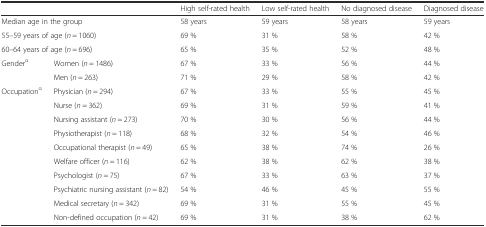
<table><thead><tr><td colspan="2"></td><td><b>High self-rated health</b></td><td><b>Low self-rated health</b></td><td><b>No diagnosed disease</b></td><td><b>Diagnosed disease</b></td></tr></thead><tbody><tr><td colspan="2">Median age in the group</td><td>58 years</td><td>59 years</td><td>58 years</td><td>59 years</td></tr><tr><td colspan="2">55–59 years of age (<i>n</i> = 1060)</td><td>69 %</td><td>31 %</td><td>58 %</td><td>42 %</td></tr><tr><td colspan="2">60–64 years of age (<i>n</i> = 696)</td><td>65 %</td><td>35 %</td><td>52 %</td><td>48 %</td></tr><tr><td rowspan="2">Gender<sup>α</sup></td><td>Women (<i>n</i> = 1486)</td><td>67 %</td><td>33 %</td><td>56 %</td><td>44 %</td></tr><tr><td>Men (<i>n</i> = 263)</td><td>71 %</td><td>29 %</td><td>58 %</td><td>42 %</td></tr><tr><td rowspan="10">Occupation<sup>α</sup></td><td>Physician (<i>n</i> = 294)</td><td>67 %</td><td>33 %</td><td>55 %</td><td>45 %</td></tr><tr><td>Nurse (<i>n</i> = 362)</td><td>69 %</td><td>31 %</td><td>59 %</td><td>41 %</td></tr><tr><td>Nursing assistant (<i>n</i> = 273)</td><td>70 %</td><td>30 %</td><td>56 %</td><td>44 %</td></tr><tr><td>Physiotherapist (<i>n</i> = 118)</td><td>68 %</td><td>32 %</td><td>54 %</td><td>46 %</td></tr><tr><td>Occupational therapist (<i>n</i> = 49)</td><td>65 %</td><td>38 %</td><td>74 %</td><td>26 %</td></tr><tr><td>Welfare officer (<i>n</i> = 116)</td><td>62 %</td><td>38 %</td><td>62 %</td><td>38 %</td></tr><tr><td>Psychologist (<i>n</i> = 75)</td><td>67 %</td><td>33 %</td><td>63 %</td><td>37 %</td></tr><tr><td>Psychiatric nursing assistant (<i>n</i> = 82)</td><td>54 %</td><td>46 %</td><td>45 %</td><td>55 %</td></tr><tr><td>Medical secretary (<i>n</i> = 342)</td><td>69 %</td><td>31 %</td><td>55 %</td><td>45 %</td></tr><tr><td>Non-defined occupation (<i>n</i> = 42)</td><td>69 %</td><td>31 %</td><td>38 %</td><td>62 %</td></tr></tbody></table>